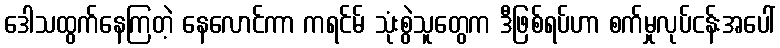
ဒေါသထွက်နေကြတဲ့ နေလောင်ကာ ကရင်မ် သုံးစွဲသူတွေက ဒီဖြစ်ရပ်ဟာ စက်မှုလုပ်ငန်းအပေါ်